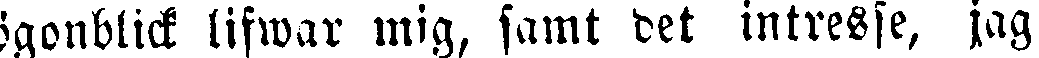
ögonblick lifwar mig, samt det intresse, jag